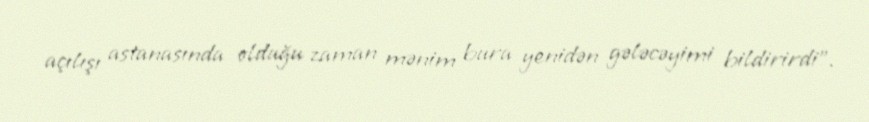
açılışı astanasında olduğu zaman mənim bura yenidən gələcəyimi bildirirdi”.